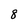
Character: 8